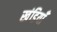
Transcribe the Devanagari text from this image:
खंडियाँ